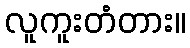
လူကူးတံတား။